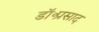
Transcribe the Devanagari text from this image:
डॉ॰प्रसाद